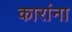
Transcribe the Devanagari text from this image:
कारांना